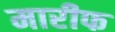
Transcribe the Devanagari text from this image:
मारीफ